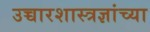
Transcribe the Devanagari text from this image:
उच्चारशास्त्रज्ञांच्या